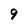
Character: 9